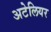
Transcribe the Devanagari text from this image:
अटेलियर